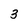
Character: 3